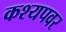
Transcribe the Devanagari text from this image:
कश्यपवर